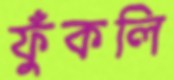
ফুঁকলি